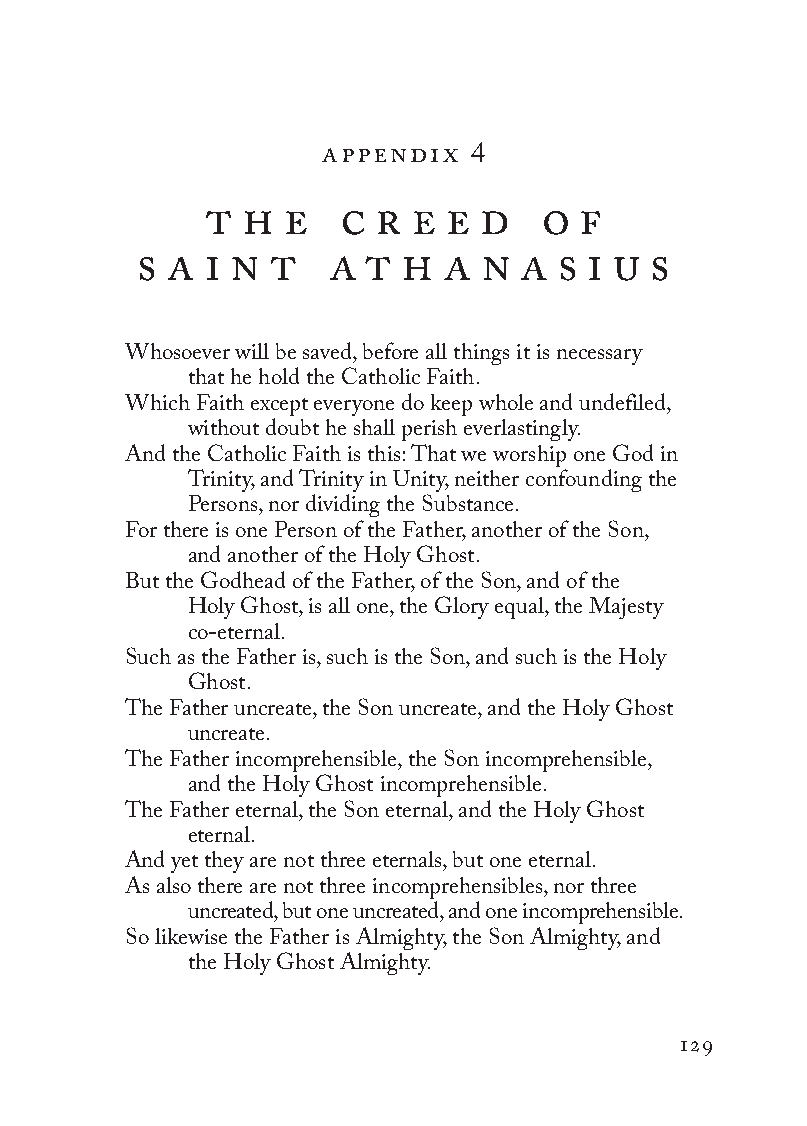
appendix 4
 t h  e   c r  e e d   o  f
 s a  i n t   a t  h  a n  a s i u s
 Whosoever will be saved, before all things it is necessary
 that he hold the Catholic Faith.
 Which Faith except everyone do keep whole and undefiled,
 without doubt he shall perish everlastingly.
 And the Catholic Faith is this: That we worship one God in
 Trinity, and Trinity in Unity, neither confounding the
 Persons, nor dividing the Substance.
 For there is one Person of the Father, another of the Son,
 and another of the Holy Ghost.
 But the Godhead of the Father, of the Son, and of the
 Holy Ghost, is all one, the Glory equal, the Majesty
 co-eternal.
 Such as the Father is, such is the Son, and such is the Holy
 Ghost.
 The Father uncreate, the Son uncreate, and the Holy Ghost
 uncreate.
 The Father incomprehensible, the Son incomprehensible,
 and the Holy Ghost incomprehensible.
 The Father eternal, the Son eternal, and the Holy Ghost
 eternal.
 And yet they are not three eternals, but one eternal.
 As also there are not three incomprehensibles, nor three
 uncreated, but one uncreated, and one incomprehensible.
 So likewise the Father is Almighty, the Son Almighty, and
 the Holy Ghost Almighty.
 129
 To be a Christian.566776.int.indd 129       11/13/19 1:31 PM